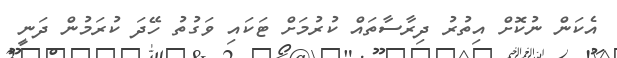
އެކަން ނުކޮށް އިތުރު ދިރާސާތައް ކުރުމަށް ޓަކައި ވަގުތު ހޭދަ ކުރަމުން ދަނީ